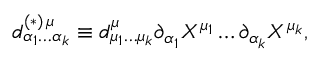
d _ { \alpha _ { 1 } \ldots \alpha _ { k } } ^ { ( \ast ) \, \mu } \equiv d _ { \mu _ { 1 } \ldots \mu _ { k } } ^ { \mu } \partial _ { \alpha _ { 1 } } X ^ { \mu _ { 1 } } \ldots \partial _ { \alpha _ { k } } X ^ { \mu _ { k } } ,